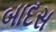
બાદસ